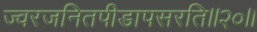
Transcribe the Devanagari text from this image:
ज्वरजनितपीडापसरति॥२०॥